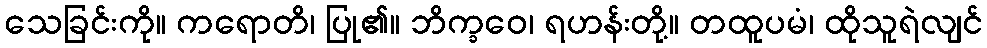
သေခြင်းကို။ ကရောတိ၊ ပြု၏။ ဘိက္ခဝေ၊ ရဟန်းတို့။ တထူပမံ၊ ထိုသူရဲလျင်